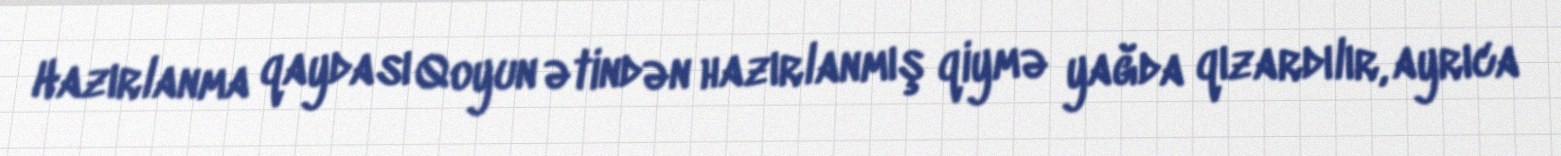
Hazırlanma qaydası Qoyun ətindən hazırlanmış qiymə yağda qızardılır, ayrıca